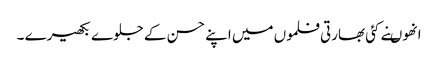
انھوںنے کئی بھارتی فلموں میں اپنے حسن کے جلوے بکھیرے ۔